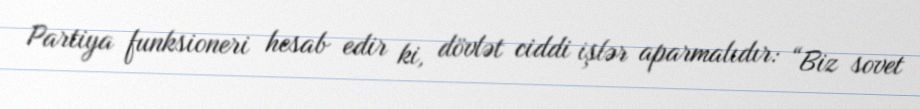
Partiya funksioneri hesab edir ki, dövlət ciddi işlər aparmalıdır: “Biz sovet